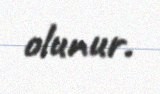
olunur.